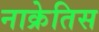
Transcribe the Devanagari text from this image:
नाक्रेतिस